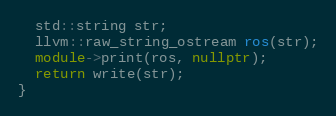
Language: C++
  std::string str;
  llvm::raw_string_ostream ros(str);
  module->print(ros, nullptr);
  return write(str);
}